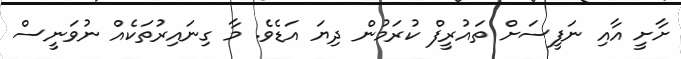
ށާށީ އާއި ނަފީސަށް ތައުރީފް ކުރަމުން ދިޔަ އަޑެވެ. މާ ގިނައިރުތަކެއް ނުވަނީސް